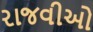
રાજવીઓ